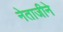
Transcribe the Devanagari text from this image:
नेताजीने